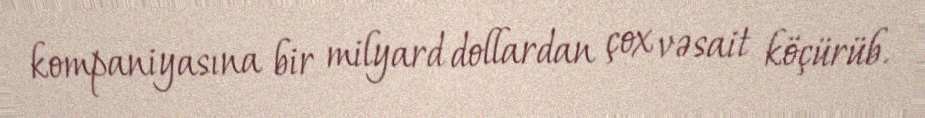
kompaniyasına bir milyard dollardan çox vəsait köçürüb.